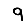
Digit: 9